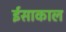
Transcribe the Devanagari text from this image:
ईसाकाल